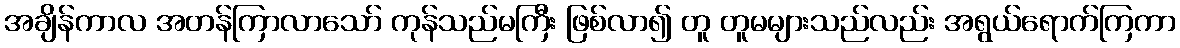
အချိန်ကာလ အတန်ကြာလာသော် ကုန်သည်မကြီး ဖြစ်လာ၍ တူ တူမများသည်လည်း အရွယ်ရောက်ကြကာ